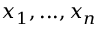
x _ { 1 } , . . . , x _ { n }